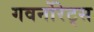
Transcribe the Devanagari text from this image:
गवर्नोरेट्स